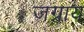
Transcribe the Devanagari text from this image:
जग्राय